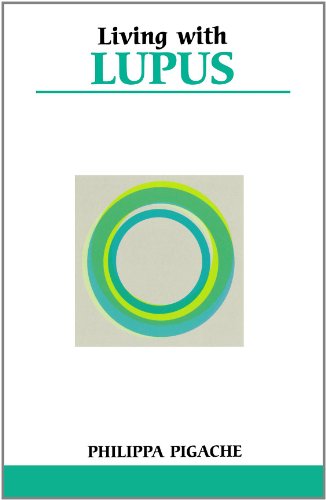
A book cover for Living with Lupus (Overcoming Common Problems); Philippa Pigache; Health, Fitness & Dieting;